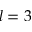
l = 3